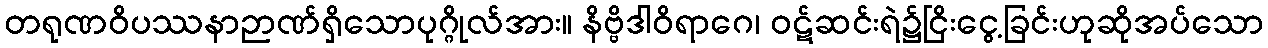
တရုဏဝိပဿနာဉာဏ်ရှိသောပုဂ္ဂိုလ်အား။ နိဗ္ဗိဒါဝိရာဂေ၊ ဝဋ်ဆင်းရဲ၌ငြိးငွေ့ခြင်းဟုဆိုအပ်သော